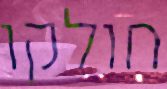
חולקו